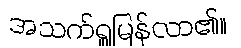
အသက်ရှူမြန်လာ၏။